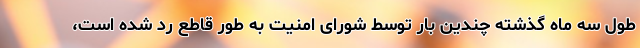
طول سه ماه گذشته چندین بار توسط شورای امنیت به طور قاطع رد شده است،